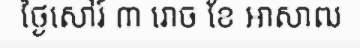
ថ្ងៃសៅរ៍ ៣ រោច ខែ អាសាឍ